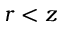
r < z